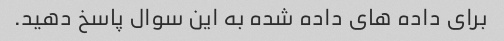
برای داده های داده شده به این سوال پاسخ دهید.